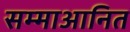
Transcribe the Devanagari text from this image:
सम्माआनित